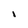
Character: I